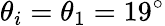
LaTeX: \theta_{i}=\theta_{1}=19^{\circ}